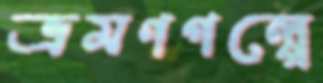
ভ্রমণগল্পে